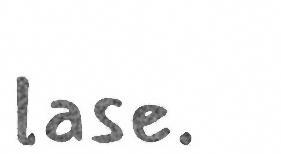
lase.